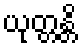
ယုတ္တန္တိ